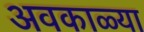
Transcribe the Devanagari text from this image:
अवकाळ्या